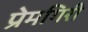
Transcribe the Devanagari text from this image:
प्रेमगिरी